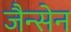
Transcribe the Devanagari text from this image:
जैन्सेन